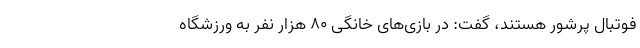
فوتبال پرشور هستند، گفت: در بازی‌های خانگی ۸۰ هزار نفر به ورزشگاه